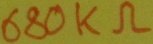
Text: 680KΩ